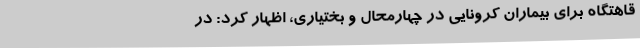
قاهتگاه برای بیماران کرونایی در چهارمحال و بختیاری، اظهار کرد: در